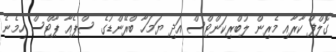
ގޮލްފް ކާރާއި މެރިން ލުބްރިކަންޓްސް އަދި ޔަމަހާ ބްރޭންޑުގެ ސްޕެއާ ޕާޓްސް ހިމެނެ